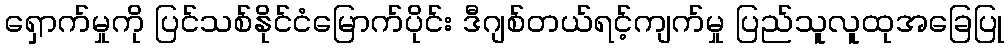
ရှောက်မှုကို ပြင်သစ်နိုင်ငံမြောက်ပိုင်း ဒီဂျစ်တယ်ရင့်ကျက်မှု ပြည်သူလူထုအခြေပြု